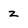
Character: z